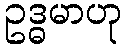
ဥဒ္ဓမာဟု